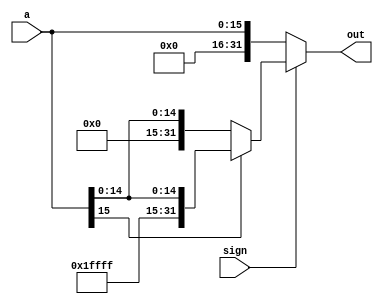
module extender(a,sign,out);
	input [0:15] a;
	input sign; //0 means unsigned, 1 means signed
	output reg [0:31] out;

	always @* begin	
		if(sign == 0) begin //unsigned
			out = {16'h0000,a};
		end else begin //signed
	
			if (a[0]==1) begin
				out = {16'hFFFF,a};
			end else begin
				out = a;
			end
		end
	end
endmodule